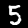
Label: 5